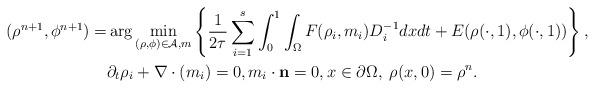
LaTeX: \begin{align*}\begin{aligned} (\rho^{n+1},\phi^{n+1})= &\arg \min_{(\rho, \phi) \in \mathcal{A},m} \left\{ \frac{1}{2\tau} \sum_{i=1}^s \int_0^1\int_{\Omega}F(\rho_i, m_i)D^{-1}_i dx dt+E(\rho(\cdot, 1), \phi(\cdot, 1)) \right\},\\ & \partial_t \rho_i + \nabla\cdot (m_i) =0,m_i\cdot \mathbf{n} = 0, x\in \partial \Omega, \; \rho(x,0)=\rho^n.\end{aligned}\end{align*}